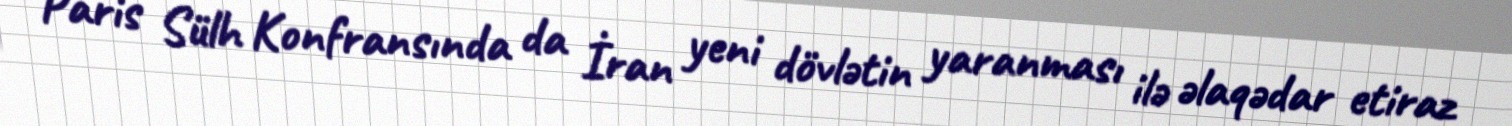
Paris Sülh Konfransında da İran yeni dövlətin yaranması ilə əlaqədar etiraz